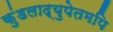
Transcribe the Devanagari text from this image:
कुंडलाद्युपेतमपि